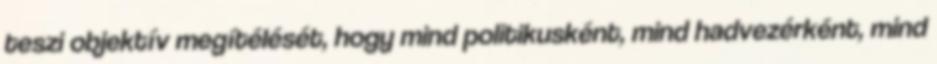
teszi objektív megítélését, hogy mind politikusként, mind hadvezérként, mind